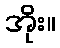
အိုး။